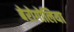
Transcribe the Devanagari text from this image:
बेरोगोलिया